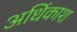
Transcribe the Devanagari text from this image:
अधिंकाश